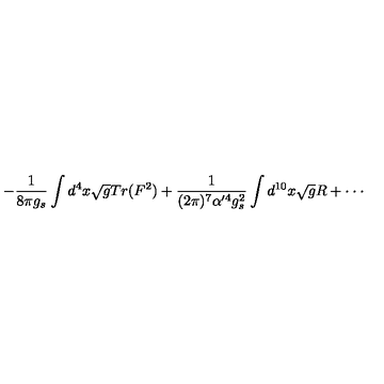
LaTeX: - \frac { 1 } { 8 \pi g _ { s } } \int d ^ { 4 } x \sqrt { g } T r ( F ^ { 2 } ) + \frac { 1 } { ( 2 \pi ) ^ { 7 } \alpha ^ { \prime 4 } g _ { s } ^ { 2 } } \int d ^ { 1 0 } x \sqrt { g } R + \cdot \cdot \cdot